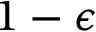
1 - \epsilon